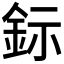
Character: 𨥮